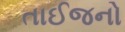
તાઈજનો